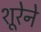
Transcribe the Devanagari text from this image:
शूरेने